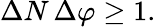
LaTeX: \Delta N\, \Delta\varphi\geq 1.